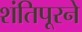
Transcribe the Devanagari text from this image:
शंतिपूरने